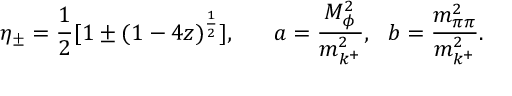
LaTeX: \eta _ { \pm } = { \frac { 1 } { 2 } } [ 1 \pm ( 1 - 4 z ) ^ { \frac { 1 } { 2 } } ] , ~ ~ ~ ~ ~ a = { \frac { M _ { \phi } ^ { 2 } } { m _ { k ^ { + } } ^ { 2 } } } , ~ ~ b = { \frac { m _ { \pi \pi } ^ { 2 } } { m _ { k ^ { + } } ^ { 2 } } } .